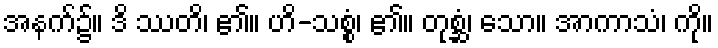
အနက်၌။ ဒိ ဿတိ၊ ၏။ ဟိ-သစ္စံ၊ ၏။ တုစ္ဆံ၊ သော။ အာကာသံ၊ ကို။